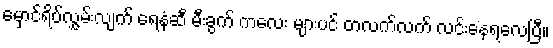
မှောင်ရိပ်လွှမ်းလျက် ရေနံဆီ မီးခွက် ကလေး များပင် တလက်လက် လင်းနေရလေပြီ။